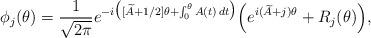
LaTeX: \begin{align*} \phi_j(\theta)=\frac1{\sqrt{2\pi}}e^{-i\big([\widetilde A+1/2]\theta+\int_0^\theta A(t)\,dt\big)}\Big(e^{i(\widetilde A+j)\theta}+R_j(\theta)\Big),\end{align*}